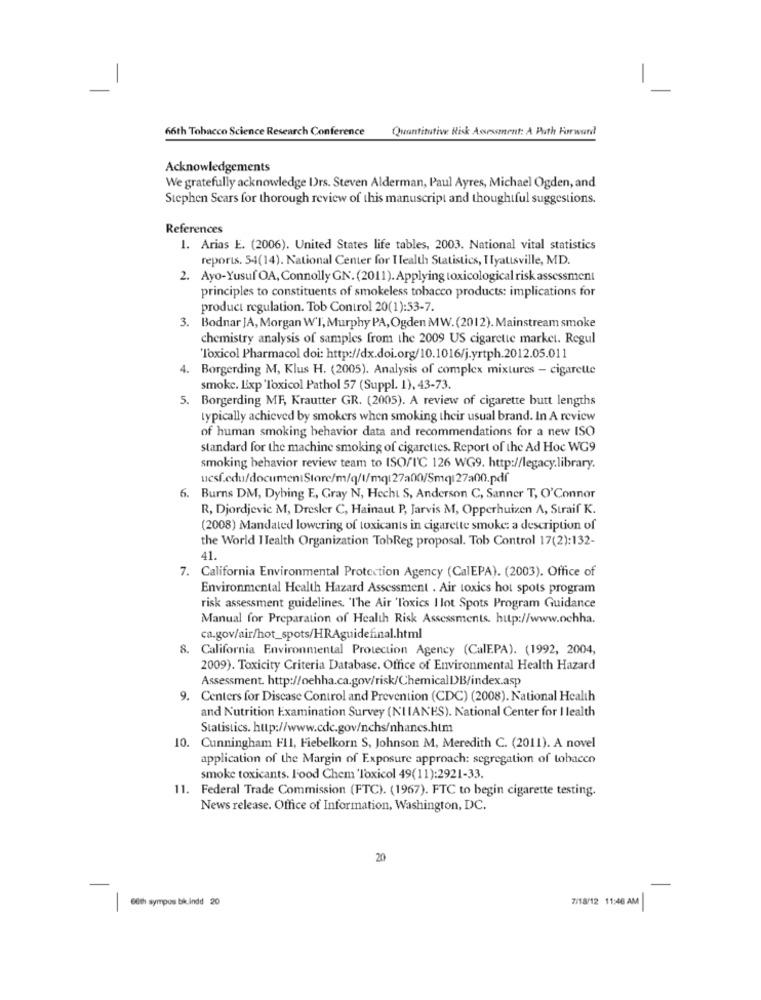
66th Tobacco Science Research Conference Quantitative Risk Assessment: A Puth Forward
Acknowledgements
We gratefully acknowledge Drs. Steven Alderman, Paul Ayres, Michael Ogden, and
Stephen Scars for thorough review of this manuscript and thoughtful suggestions.
References
1. Arias E. (2006). United States life tables, 2003. National vital statistics
reports. 54(14). National Center for Health Statistics, Hyattsville, MD.
2. Ayo-Yusuf OA, Connolly GN. (2011). Applying toxicological risk assessment
principles to constituents of smokeless tobacco products: implications for
product regulation. Tob Control 20(1):53-7.
3. Bodnar JA, Morgan W'I, Murphy PA, Ogden MW.(2012). Mainstream smoke
chemistry analysis of samples from the 2009 US cigarette market. Regul
Toxicol Pharmacol doi: http://dx.doi.org/10.1016/j.yrtph.2012.05.011
4. Borgerding M, Klus H. (2005). Analysis of complex mixtures - cigarette
smoke. Lixp 'Toxicol Pathol 57 (Suppl. 1), 43-73.
5. Borgerding MF, Krautter GR. (2005). A review of cigarette butt lengths
typically achieved by smokers when smoking their usual brand. In A review
of human smoking behavior data and recommendations for a new ISO
standard for the machine smoking of cigarettes. Report of the Ad Hoc WG9
smoking behavior review team to ISO/TC 126 WG9. http://legacy.library.
ucsf.edu/documentStore/m/q/l/mq127a00/Smq 27a00.pdf
6. Burns DM, Dybing E, Gray N, Hecht S, Anderson C, Sanner T, O'Connor
R, Djordjevic M, Dresler C, Hainaut P, Jarvis M, Opperhuizen A, Straif K.
(2008) Mandated lowering of toxicants in cigarette smoke: a description of
the World Health Organization TobReg proposal. Tob Control 17(2):132-
41.
7. California Environmental Protection Agency (CalEPA). (2003). Office of
Environmental Health Hazard Assessment . Air toxics hot spots program
risk assessment guidelines. "The Air Toxics I lot Spots Program Guidance
Manual for Preparation of Health Risk Assessments. http://www.ochha.
ca.gov/air/hot_spots/HRAguidefinal.html
8. California Environmental Protection Agency (CalEPA). (1992, 2004,
2009). Toxicity Criteria Database. Office of Environmental Health Hazard
Assessment. http://oehha.ca.gov/risk/ChemicalDB/index.asp
9. Centers for Disease Control and Prevention (CDC) (2008). National Health
and Nutrition Examination Survey (NIIANES). National Center for I lealth
Statistics. http://www.cdc.gov/nchs/nhanes.htm
10. Cunningham Fll, Fiebelkorn S, Johnson M, Meredith C. (2011). A novel
application of the Margin of Exposure approach: segregation of tobacco
smoke toxicants. Food Chem 'Toxicol 49(11):2921-33.
11. Federal Trade Commission (FTC). (1967). FTC to begin cigarette testing.
News release. Office of Information, Washington, DC.
20
7/18/12 11:46 AM
60th sympos bik.indd 20